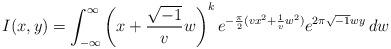
LaTeX: \begin{align*} I(x,y) = \int_{-\infty}^\infty \left(x + \frac{\sqrt{-1}}{v} w \right)^k e^{-\frac{\pi}{2}(vx^2 + \frac{1}{v} w^2)} e^{2 \pi \sqrt{-1} wy} \, dw\end{align*}